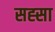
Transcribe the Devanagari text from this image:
सह्सा